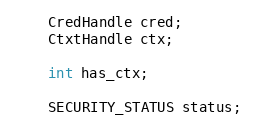
Language: C
    CredHandle cred;
    CtxtHandle ctx;

    int has_ctx;

    SECURITY_STATUS status;